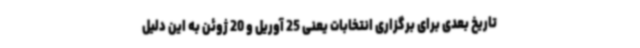
تاریخ بعدی برای برگزاری انتخابات یعنی 25 آوریل و 20 ژوئن به این دلیل